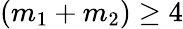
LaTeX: (m_{1}+m_{2})\geq 4